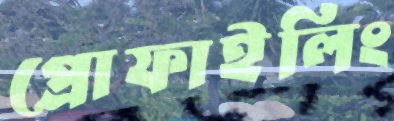
প্রোফাইলিং